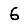
Digit: 6